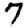
Digit: 7